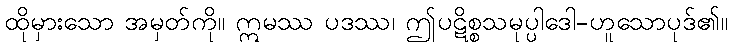
ထိုမှားသော အမှတ်ကို။ ဣမဿ ပဒဿ၊ ဤပဋိစ္စသမုပ္ပါဒေါ-ဟူသောပုဒ်၏။